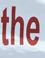
the